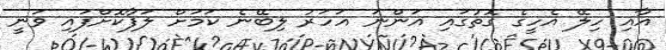
އާއި ހިލޭ އެހީގެ ގޮތުގައި އަންނަ އަހަރު ލިބޭނެ ކަމަށް ލަފާކޮށްފައި ވަނީ